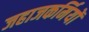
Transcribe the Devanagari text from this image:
जहाजकर्मियों